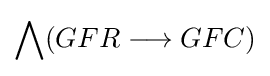
\bigwedge (GFR\longrightarrow GFC)